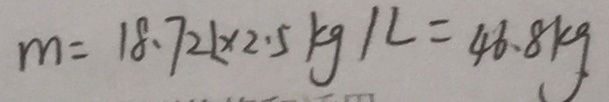
m = 1 8 . 7 2 L \times 2 . 5 k g / l = 4 6 . 8 k g